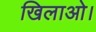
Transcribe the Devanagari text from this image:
खिलाओ।